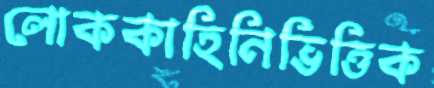
লোককাহিনিভিত্তিক